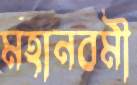
মহানবমী